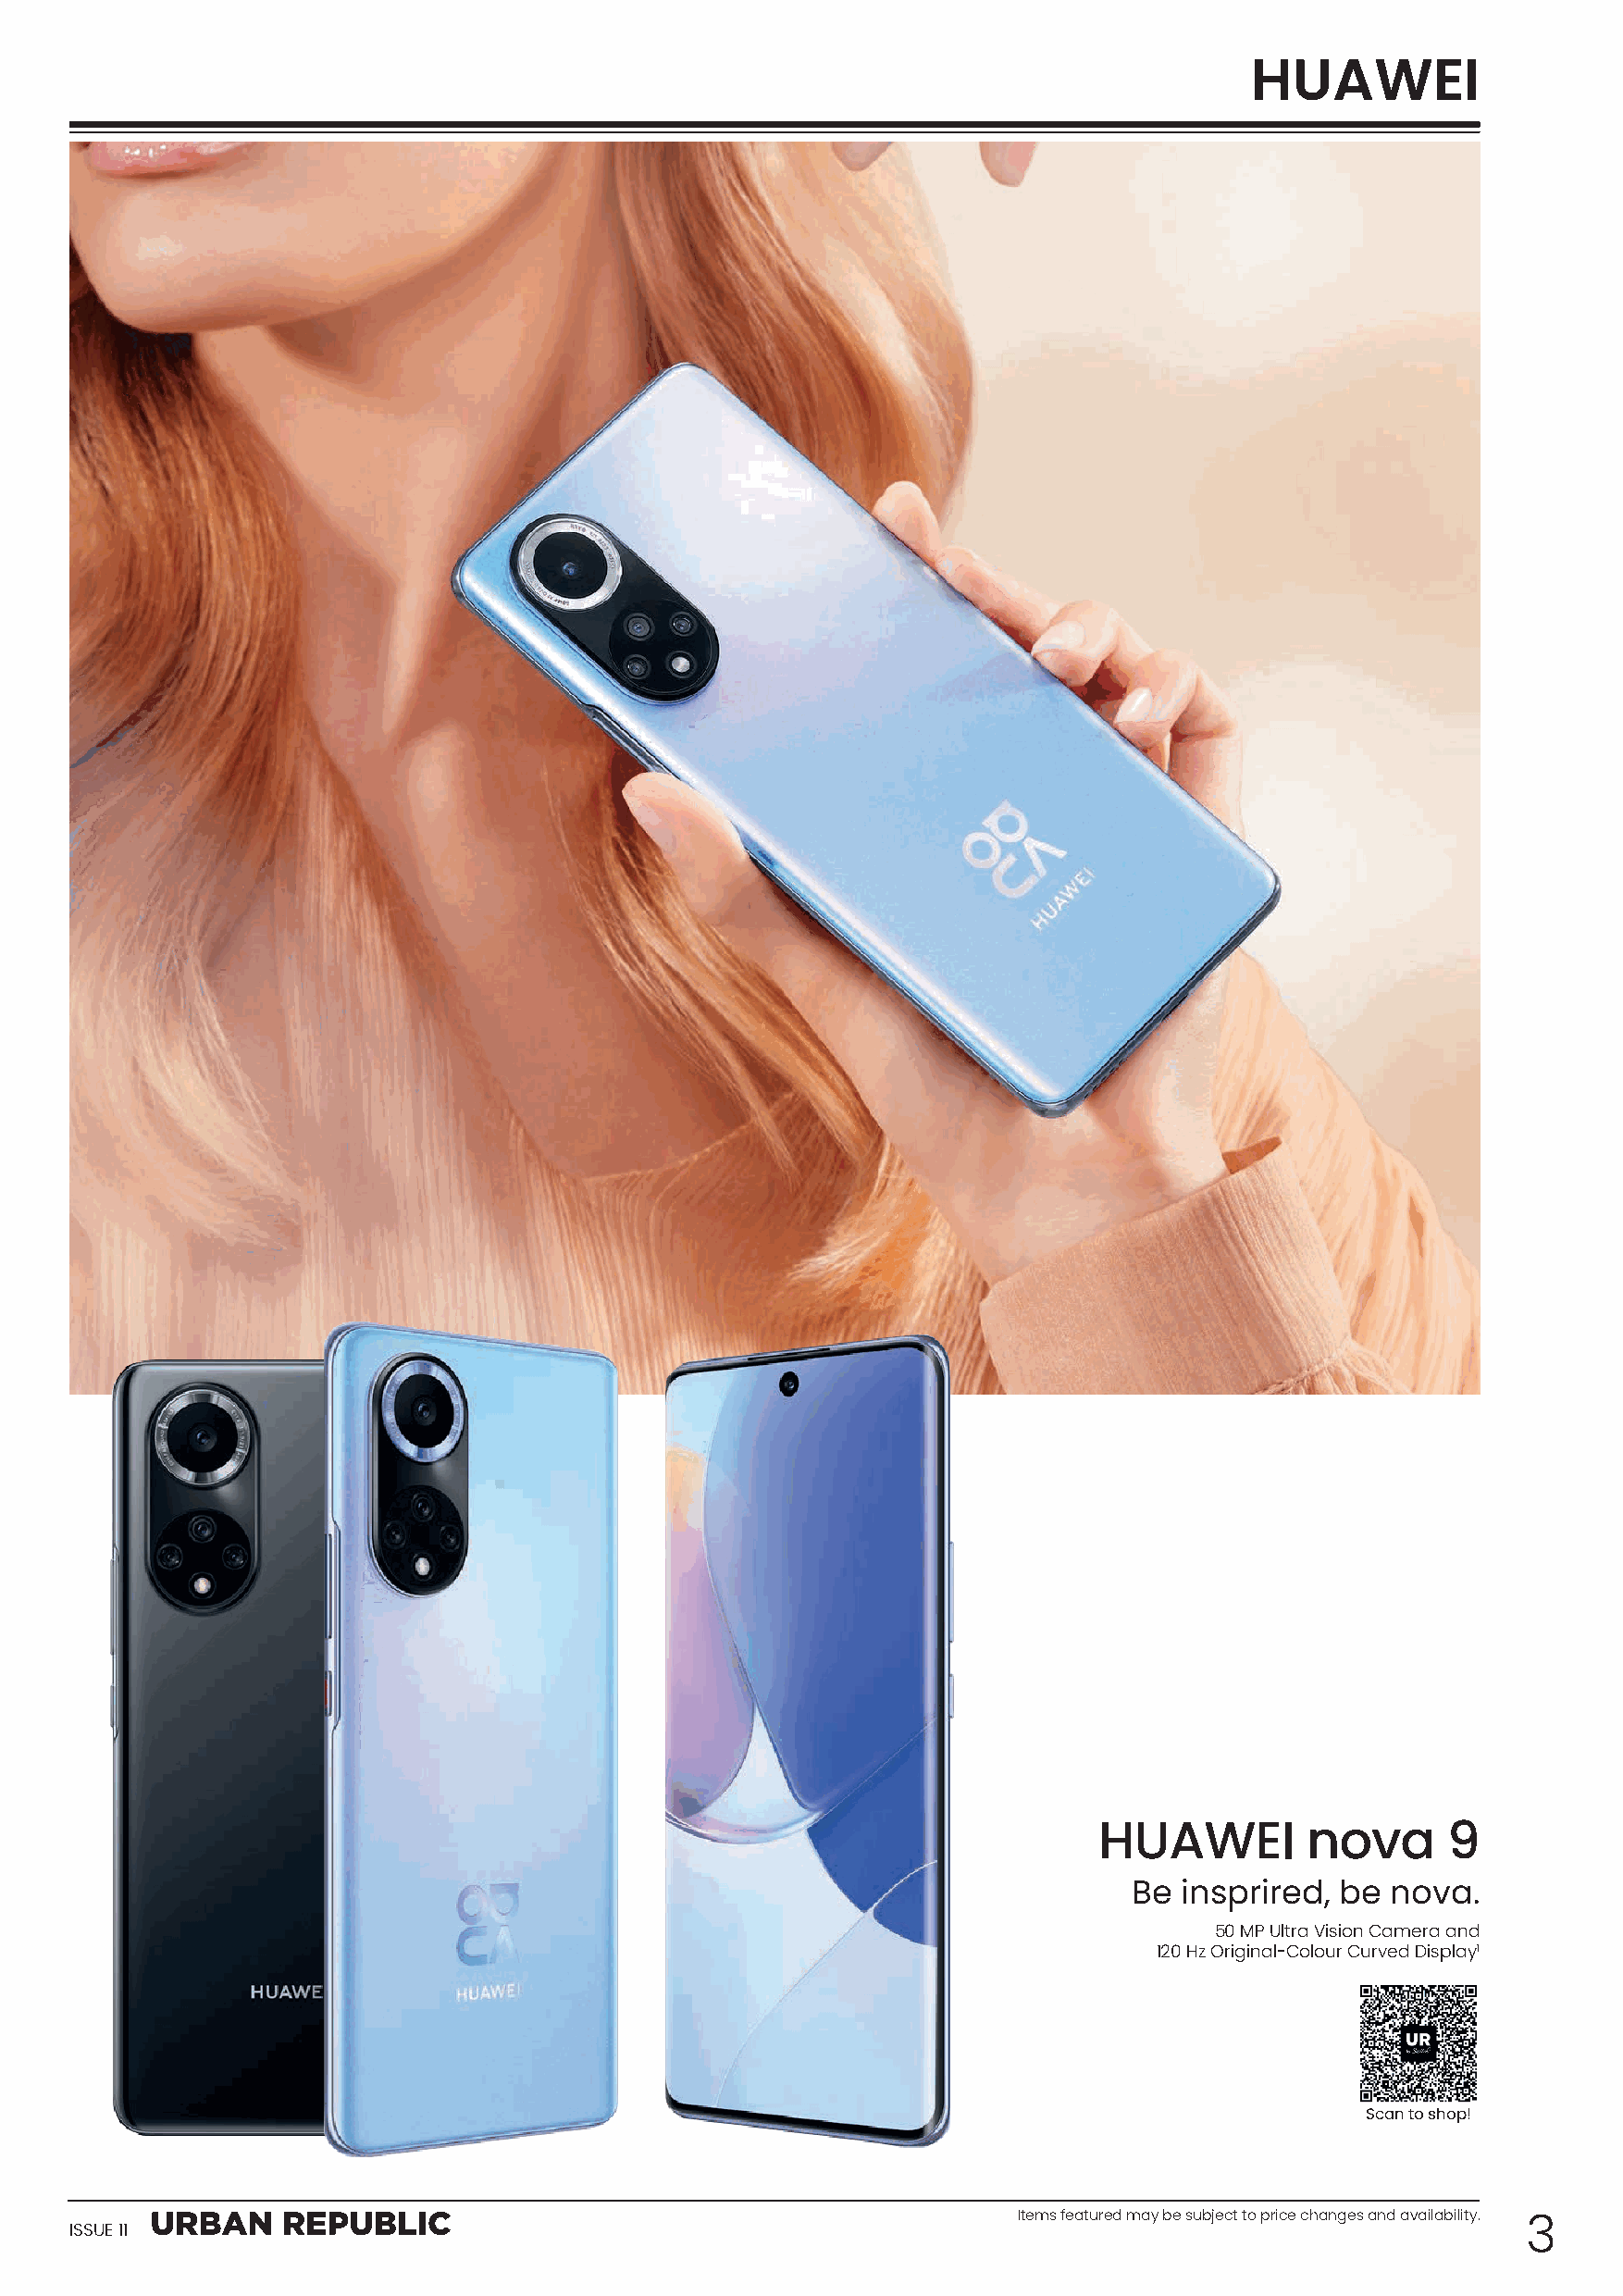
HUAWEI
 HUAWEI        nova       9
 Be  insprired, be  nova.
 50 MP Ultra Vision Camera and
 120 Hz Original-Colour Curved Display1
 Scan to shop!
 Items featured may be subject to price changes and availability.
 ISSUE 11                                                                                                3